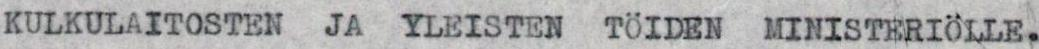
KULKULAITOSTEN JA YLEISTEN TÖIDEN MINISTERIÖLLE,